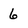
Character: 6